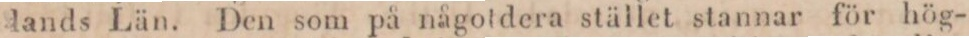
lands Län. Den som på någotdera stället stannar för hög-